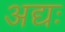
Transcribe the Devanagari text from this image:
अद्यः